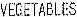
VEGETABLES